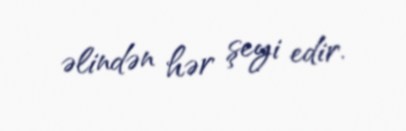
əlindən hər şeyi edir.